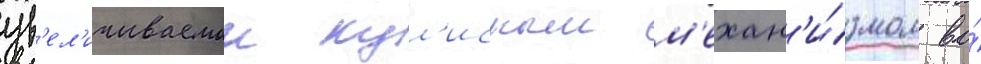
ув'ел'ичиваемои кул'исным м'ехан'и́змом во́